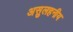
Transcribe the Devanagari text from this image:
असुलहनीय